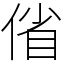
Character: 偗